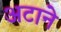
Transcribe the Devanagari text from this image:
अटाने